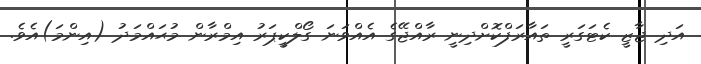
އަދި ޖާޒީ ކެޓަގަރީ ތައާރަފްކޮށްދިނީ ރާއްޖޭގެ އެއްވަނަ ގޯލްކީޕަރު އިމްރާން މުޙައްމަދު (އިންމަ)އެވެ.